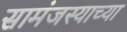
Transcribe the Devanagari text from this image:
सामंजस्याच्या